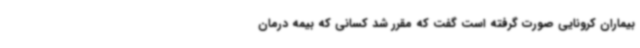
بیماران کرونایی صورت گرفته است گفت که مقرر شد کسانی که بیمه درمان